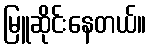
မြူဆိုင်းနေတယ်။